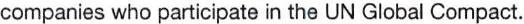
companies who participate in the UN Global Compact.